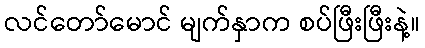
လင်တော်မောင် မျက်နှာက စပ်ဖြီးဖြီးနဲ့။